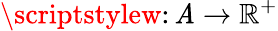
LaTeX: \scriptstylew\colon\mathit{A}\to{\mathbb{{R}}}^{+}